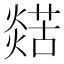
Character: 𤐞